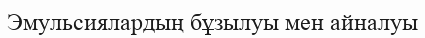
Эмульсиялардың бұзылуы мен айналуы